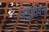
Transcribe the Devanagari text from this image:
अनुज्ञेविना